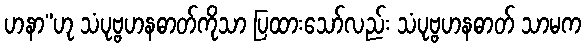
ဟနာ”ဟု သံပုဗ္ဗဟနဓာတ်ကိုသာ ပြထားသော်လည်း သံပုဗ္ဗဟနဓာတ် သာမက